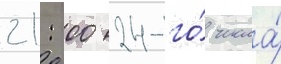
21: 00 24-го́ числа́